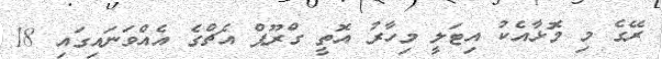
ރޭގެ މި މޮޅާއެކު އިޓަލީ މިހާރު އޮތީ ގްރޫޕް އެޗްގެ އެއްވަނައިގައި 18